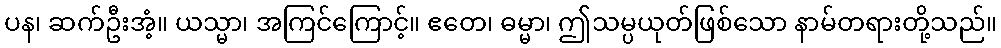
ပန၊ ဆက်ဦးအံ့။ ယသ္မာ၊ အကြင်ကြောင့်။ ဧတေ၊ ဓမ္မာ၊ ဤသမ္ပယုတ်ဖြစ်သော နာမ်တရားတို့သည်။